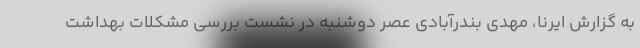
به گزارش ایرنا، مهدی بندرآبادی عصر دوشنبه در نشست بررسی مشکلات بهداشت